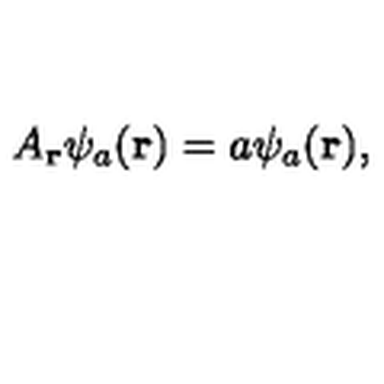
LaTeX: { A } _ { \bf r } \psi _ { a } ( { \bf r } ) = a \psi _ { a } ( { \bf r } ) ,